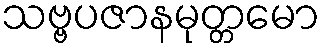
သဗ္ဗပဇာနမုတ္တမော